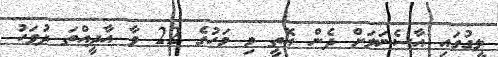
ލީގުގައި އާސެނަލަށް ދެން އޮތީ މި މަހުގެ 22 ވާ އާދީއްތަ ދުވަހު